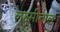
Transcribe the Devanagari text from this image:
लक्ष्मीताल